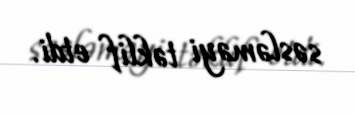
səsləməyi təklif etdi.